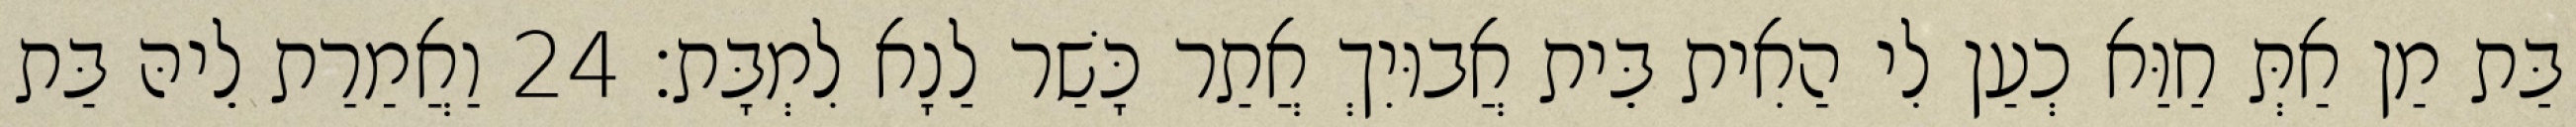
בַּת מַן אַתְּ חַוַּא כְעַן לִי הַאִית בֵּית אֲבוּיִךְ אֲתַר כָּשַׁר לַנָא לִמְבָּת׃ 24 וַאֲמַרַת לֵיהּ בַּת